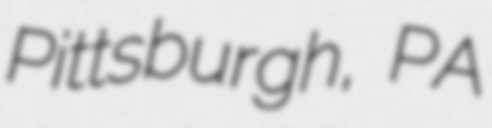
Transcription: Pittsburgh, PA